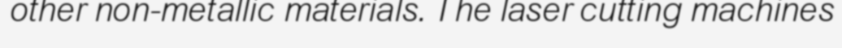
other non-metallic materials. The laser cutting machines